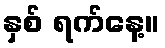
နှစ် ရက်နေ့။